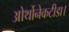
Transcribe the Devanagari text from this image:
ओर्थोनेकटीडा।